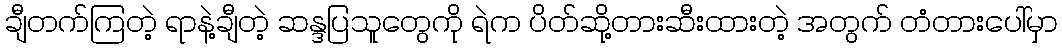
ချီတက်ကြတဲ့ ရာနဲ့ချီတဲ့ ဆန္ဒပြသူတွေကို ရဲက ပိတ်ဆို့တားဆီးထားတဲ့ အတွက် တံတားပေါ်မှာ